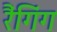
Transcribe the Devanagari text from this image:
रैंगिंग